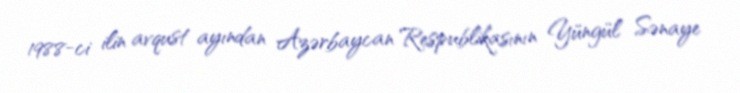
1988-ci ilin avqust ayından Azərbaycan Respublikasının Yüngül Sənaye